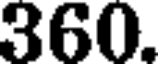
360.